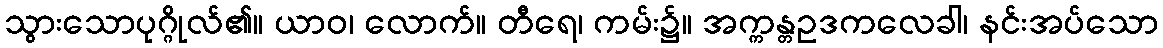
သွားသောပုဂ္ဂိုလ်၏။ ယာဝ၊ လောက်။ တီရေ၊ ကမ်း၌။ အက္ကန္တဥဒကလေခါ၊ နင်းအပ်သော